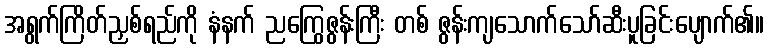
အရွက်ကြိတ်ညှစ်ရည်ကို နံနက် ညကြွေဇွန်းကြီး တစ် ဇွန်းကျသောက်သော်ဆီးပူခြင်းပျောက်၏။